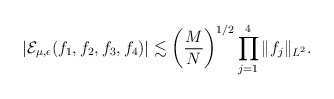
\begin{align*}|{\mathcal E}_{\mu, \epsilon}(f_1,f_2,f_3,f_4)|\lesssim \left(\frac{M}{N}\right)^{1/2}\prod_{j=1}^4\|f_j\|_{L^2}.\end{align*}